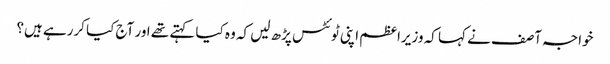
خواجہ آصف نے کہا کہ وزیراعظم اپنی ٹوئٹس پڑھ لیں کہ وہ کیا کہتے تھے اور آج کیا کررہے ہیں؟